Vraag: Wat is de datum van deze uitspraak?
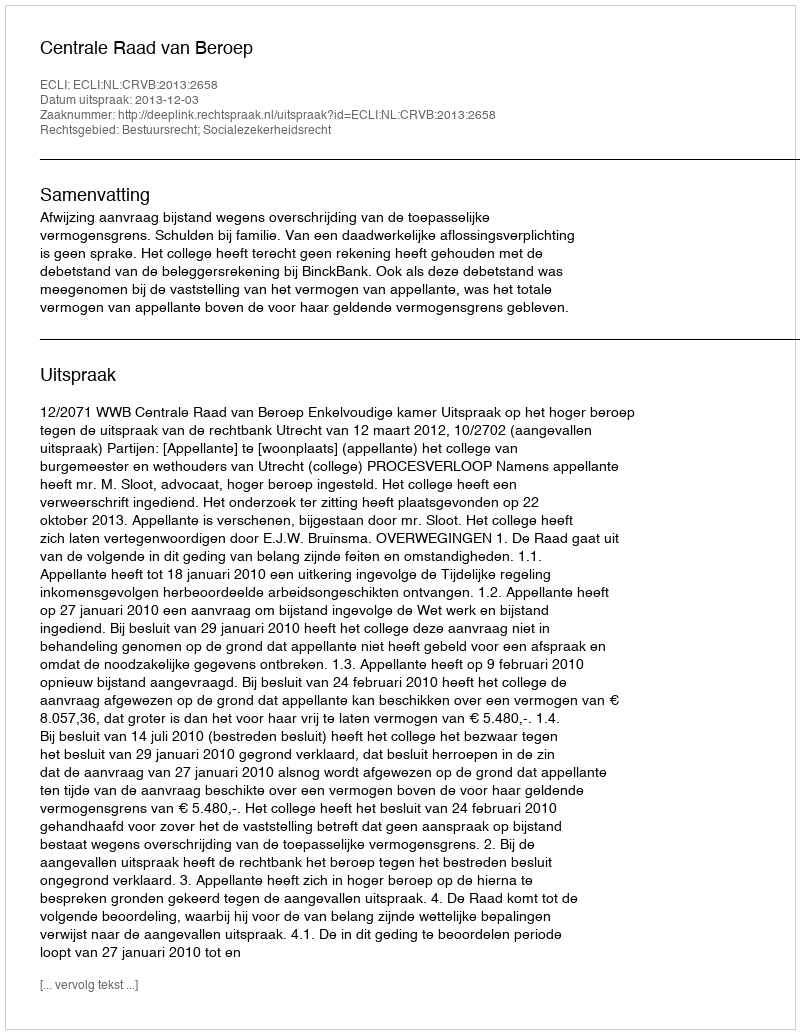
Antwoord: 2013-12-03